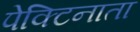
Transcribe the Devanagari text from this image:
पेक्टिनाता